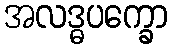
အလဒ္ဓပက္ခော